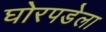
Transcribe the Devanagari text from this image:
घोरपडेला